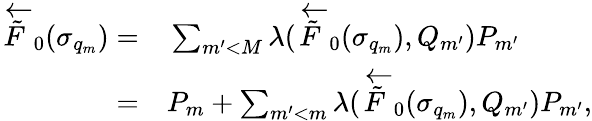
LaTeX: \begin{array}{rl}{\overleftarrow{\tilde{F}}_{0}(\sigma_{q_{m}})=}&{{}\sum_{m^{\prime}<M}\lambda(\overleftarrow{\tilde{F}}_{0}(\sigma_{q_{m}}),Q_{m^{\prime}})P_{m^{\prime}}}\\ {=}&{{}P_{m}+\sum_{m^{\prime}<m}\lambda(\overleftarrow{\tilde{F}}_{0}(\sigma_{q_{m}}),Q_{m^{\prime}})P_{m^{\prime}},}\end{array}